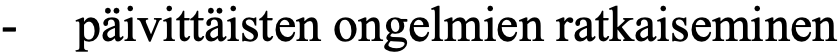
-  päivittäisten ongelmien ratkaiseminen